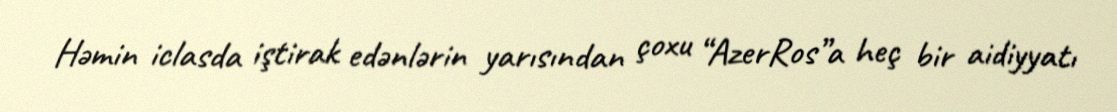
Həmin iclasda iştirak edənlərin yarısından çoxu “AzerRos”a heç bir aidiyyatı